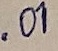
Text: .01